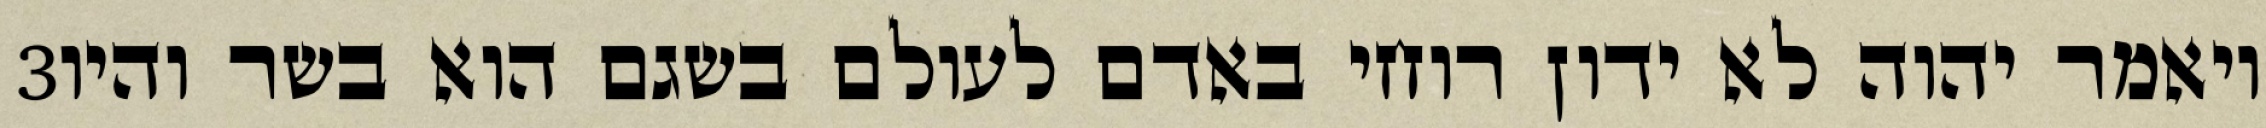
‎3‏ ויאמר יהוה לא ידון רוחי באדם לעולם בשגם הוא בשר והיו